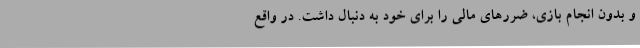
و بدون انجام بازی، ضررهای مالی را برای خود به دنبال داشت. در واقع